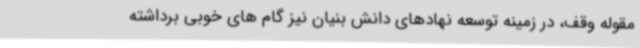
مقوله وقف، در زمینه توسعه نهادهای دانش بنیان نیز گام های خوبی برداشته